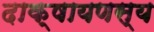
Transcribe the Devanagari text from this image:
दाक्षायणस्य